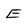
Character: E